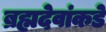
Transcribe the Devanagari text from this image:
ब्रह्मदेवांकडे